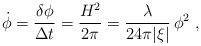
\begin{align*}\dot\phi = {\delta\phi\over\Delta t} = {H^2\over2\pi}= {\lambda\over24\pi|\xi|}\,\phi^2\ ,\end{align*}